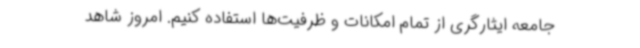
جامعه ایثارگری از تمام امکانات و ظرفیت‌ها استفاده کنیم. امروز شاهد